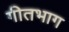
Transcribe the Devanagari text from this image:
गीतभाग